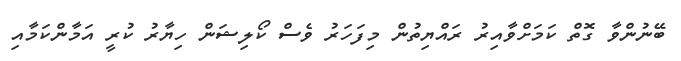
ބޭނުންވާ ގޮތް ކަމަށްވާއިރު ރައްޔިތުން މިފަހަރު ވެސް ކޯލިޝަން ހިޔާރު ކުރީ އަމާންކަމާއި